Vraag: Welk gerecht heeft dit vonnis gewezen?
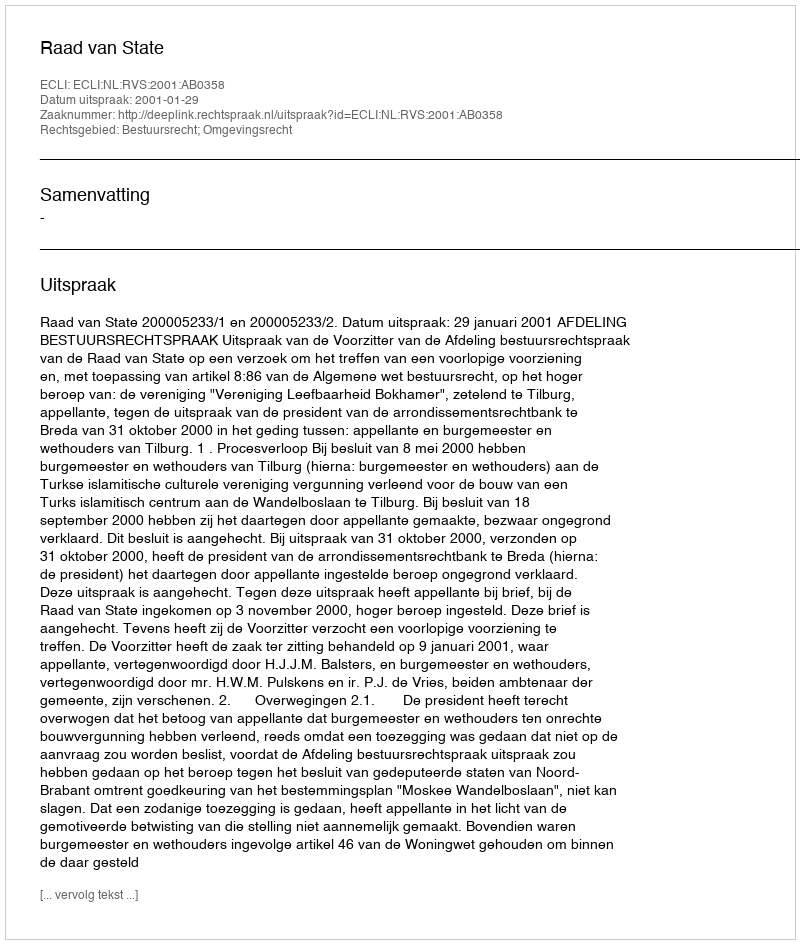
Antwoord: Raad van State